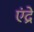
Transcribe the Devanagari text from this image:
एंद्रे